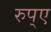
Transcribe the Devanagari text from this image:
रुप्ए